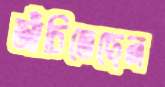
আঁচিতেছেন